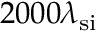
2 0 0 0 \lambda _ { \mathrm { s i } }